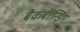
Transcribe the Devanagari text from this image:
बैकबॉंन्डिंग